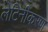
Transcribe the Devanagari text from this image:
लेटिनीकरण